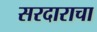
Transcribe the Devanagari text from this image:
सरदाराचा